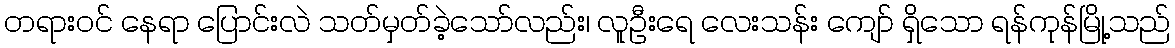
တရားဝင် နေရာ ပြောင်းလဲ သတ်မှတ်ခဲ့သော်လည်း၊ လူဦးရေ လေးသန်း ကျော် ရှိသော ရန်ကုန်မြို့သည်